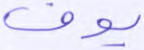
يوف